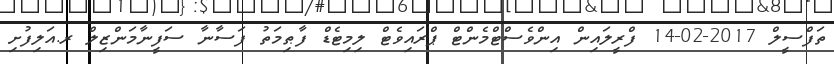
ތަފްސީލް 2017-02-14 ފްރީލައިން އިންވެސްޓްމެންޓް ޕްރައިވެޓް ލިމިޓެޑް ފާޠިމަތު ފަސާނާ ސަފީނާމަންޒިލް ރ.އަލިފުށި